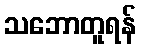
သဘောတူရန်